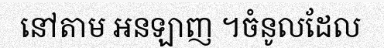
នៅតាម អនឡាញ ។ចំនូលដែល